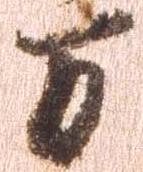
万